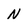
Character: N